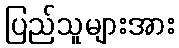
ပြည်သူများအား